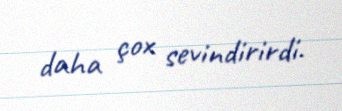
daha çox sevindirirdi.